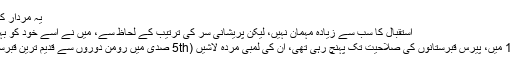
یہ مردار کی سلطنت ہے ")
استقبال کا سب سے زیادہ مہمان نہیں، لیکن پریشانی سر کی ترتیب کے لحاظ سے، میں نے اسے خود کو بہتر نہیں بنایا تھا.
دیر سے 1700s میں، پیرس قبرستانوں کی صلاحیت تک پہنچ رہی تھی، ان کی لمبی مردہ لاشیں (5th صدی میں رومن دوروں سے قدیم ترین قبرستانوں کی تاریخ!